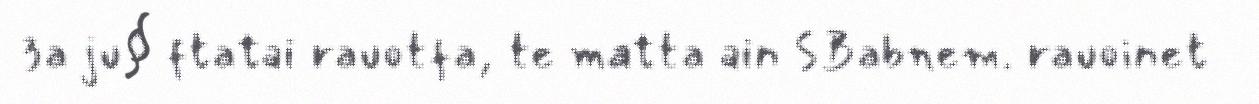
3a ju§ ftatai rauotfa, te matta ain SBabnem. rauoinet